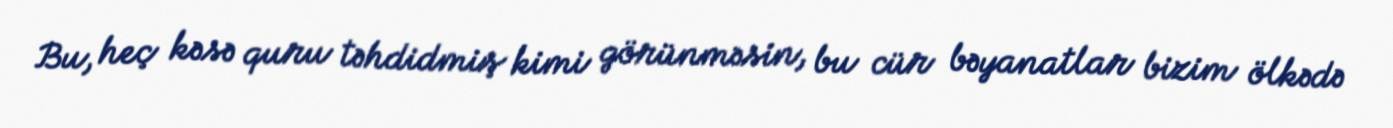
Bu, heç kəsə quru təhdidmiş kimi görünməsin, bu cür bəyanatlar bizim ölkədə